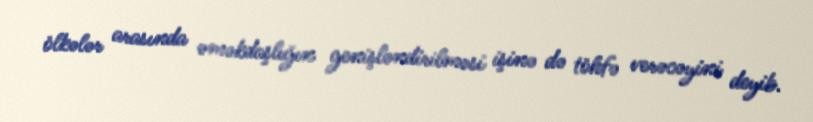
ölkələr arasında əməkdaşlığın genişləndirilməsi işinə də töhfə verəcəyini deyib.